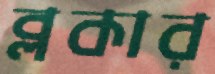
ব্লকার